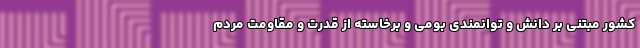
کشور مبتنی بر دانش و توانمندی بومی و برخاسته از قدرت و مقاومت مردم